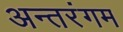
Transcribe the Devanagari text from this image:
अन्तरंगम